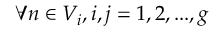
\forall n \in V _ { i } , i , j = 1 , 2 , . . . , g